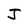
Character: J